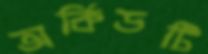
অর্কিডটি